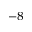
^ { - 8 }